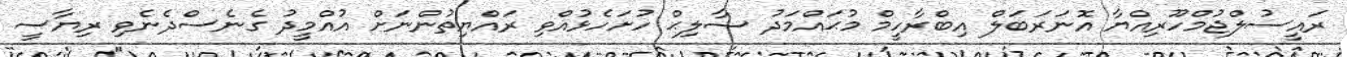
ރައީސުލްޖުމްހޫރިއްޔާ އޮނަރަބަލް އިބްރާހީމް މުޙައްމަދު ޞާލިޙް ހުށަހެޅުއްވި ރައްޔިތުންނަށް އުއްމީދު ގެނެސްދެނެވި ރިޔާސީ